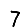
Digit: 7